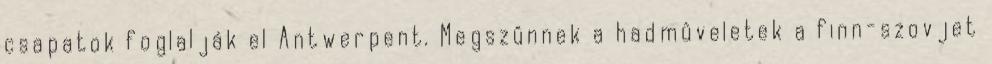
csapatok foglalják el Antwerpent. Megszûnnek a hadmûveletek a finn-szovjet